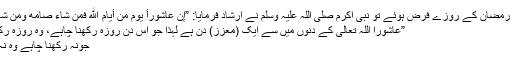
پھر جب رمضان کے روزے فرض ہوئے تو نبی اکرم صلی اللہ علیہ وسلم نے ارشاد فرمایا: ”إن عاشورأ يوم من أيام الله فمن شاء صامه ومن شاء ترکه“
”عاشورا اللہ تعالیٰ کے دنوں میں سے ایک (معزز) دن ہے لہٰذا جو اس دن روزہ رکھنا چاہے، وہ روزہ رکھے اور
جونہ رکھنا چاہے وہ نہ رکھے۔